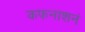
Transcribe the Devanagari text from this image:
कफनाशनं